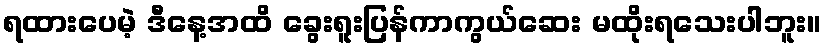
ရထားပေမဲ့ ဒီနေ့အထိ ခွေးရူးပြန်ကာကွယ်ဆေး မထိုးရသေးပါဘူး။